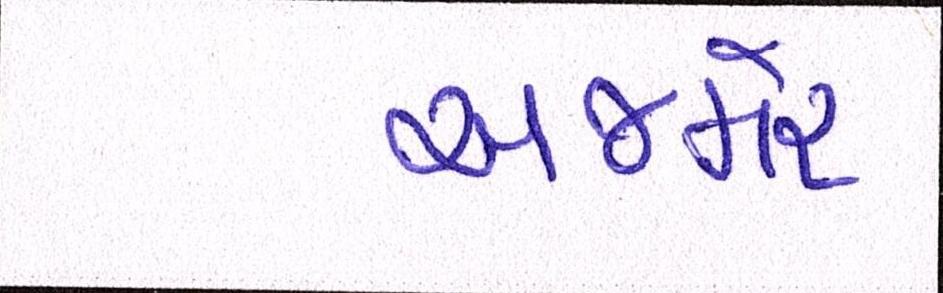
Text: અજમેર